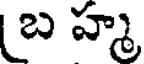
బ హ్మ